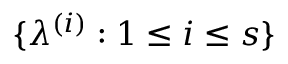
\{ \lambda ^ { ( i ) } : 1 \le i \le s \}